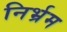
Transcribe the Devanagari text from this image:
निर्भ्रम